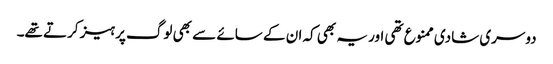
دوسری شادی ممنوع تھی اور یہ بھی کہ ان کے سائے سے بھی لوگ پرہیز کرتے تھے۔